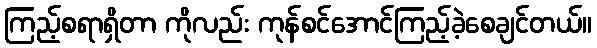
ကြည့်စရာရှိတာ ကိုလည်း ကုန်စင်အောင်ကြည့်ခဲ့စေချင်တယ်။